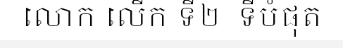
លោក លើក ទី២  ទីបំផុត